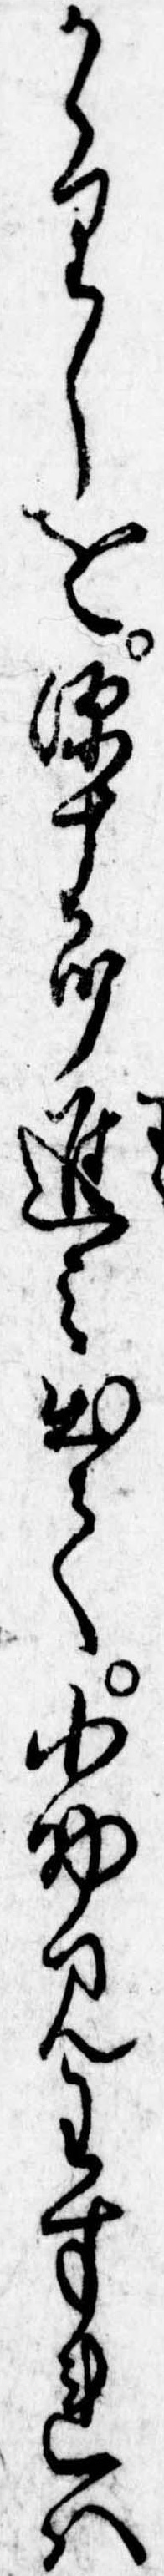
かゝりしを源十郎進み出て小助見わすれは